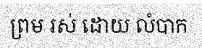
ព្រម រស់ ដោយ លំបាក